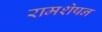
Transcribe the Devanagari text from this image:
रामशेषन